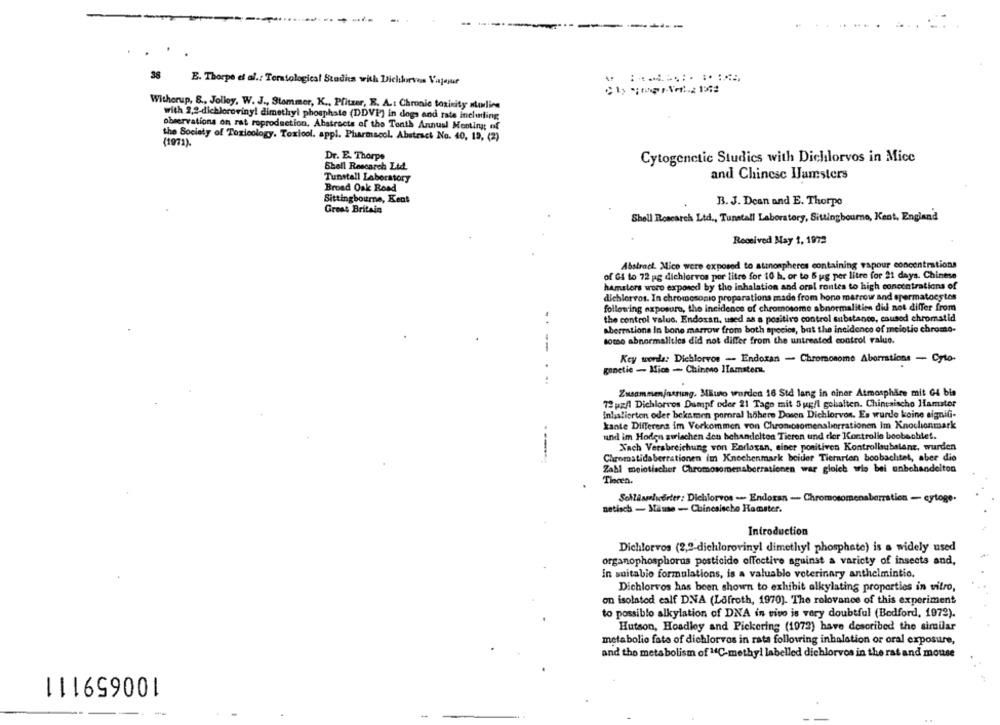
--
38 E. Thorpe et al .: Terstological Stadia with Dichlorvos Vajesur
Witherup, S ., Jolley, W. J ., Stammer, K ., Pfitzer, E. A .: Chronic toxicity noline
with 2,2-dichloroviny! dimethyl phosphate (DDVP'] in dogs and rate inchunting
observations on rat reproduction, Abstracts of the Tenth Annual Meeting of
the Society of Toxicology. Toxicol. appl. Pharmacol. Abstract No. 40, 13, (2)
(1971).
Dr. E. Thorpe
Cytogenetic Studies with Dichlorvos in Mice
Shell Rescarch Ltd.
Tunstall Laboratory
and Chinese Hamsters
Broad Oak Road
Sittingbourne, Kent
B. J. Dean and E. Thorpe
Great Britain
Shell Research Ltd ., Tunstall Laboratory, Sittingbourne, Kent, England
Received May 1, 1972
Abstract. Mico were exposed to atznospheres containing vapour concentrations
of G4 to 72 pg dichlorvos por litre for 10 h, or to 5 ug per litre for 21 days. Chinese
hamsters wore exposed by tho inhalation and oral routes to high concentrations of
dichlorvos. In chromosonio proparations made from bone marrow and spermatocytes
following exposure, the incidence of chromosome abnormalitien did not differ from
. .
the control value. Endoxan, used as a positivo control substance, caused chromatid
aberrations In bone marrow from both species, bat the incidence of melotic chrome-
some abnormalities did not differ from the untreated control value.
--
Key words: Dichlorvos - Endosan - Chromosome Aberrations - Cyto.
gonetie - Mice - Chinmo Hamster.
Zusammenjustimg. Mauro wurden 16 Std lang in einer Atmosphäre mit G4 bis
72 pz/l Dichlorvos Dumpf oder 21 Tage mit 5ug/l gehalten. Chinesischo Hamster
inhalierten oder bekamen porral höhere Dosen Dichlorvon. Es wurde koine signifi-
kante Differens im Verkommen von Chronicsomenaborrationen Im Knochenmark
und im Hodon zwischen den behandelten Tieren und cler Kontrolle beobachtet.
Xach Verabreichung von Endoxan, siner positiven Kontrollsubstanz, wurden
----
Chromatidaberrationen im Knochenmark beider Tierarten beobachtet, aber die
Zahl meiotischer Chromosomenaberrationen war gloich wie bei unbehandelton
Tiocen.
Schlüsselwörter: Dichlorvos -- Endoran - Chromosomenaberration - cytoge.
netisch - Mäuse - Chinesische Hamster.
Introduction
Dichlorvos (2,2-dichlorovinyl dimethyl phosphate) is a widely used
organophosphorus posticido offoctive aguinst a variety of insects and,
In suitabio formulations, is a valuable veterinary anthelmintio.
Dichlorvos has been shown to exhibit alkylating properties in vitro,
on isolated calf DNA (Lofroth, 1970). The rolovance of this experiment
to possiblo alkylation of DNA in vivo is very doubtful (Bedford, 1972).
Hutson, Hoadley and Pickering (1972) have described the similar
metabolio fate of dichlorvos in rata following inhalation or oral exposure,
and tho metabolism of 14℃-methyl labelled dichlorvos in the rat and mouse
100659111
-